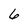
Character: 6